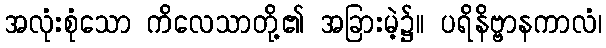
အလုံးစုံသော ကိလေသာတို့၏ အခြားမဲ့၌။ ပရိနိဗ္ဗာနကာလံ၊